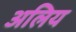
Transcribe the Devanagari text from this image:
अलिय